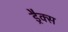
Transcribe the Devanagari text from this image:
ड्रैक्स